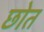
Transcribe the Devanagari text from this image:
छोत